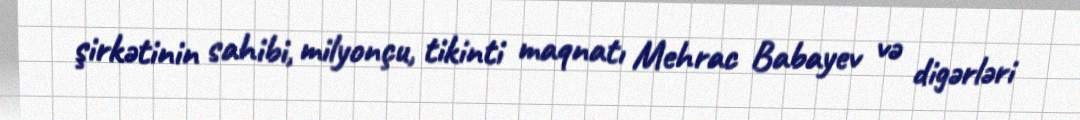
şirkətinin sahibi, milyonçu, tikinti maqnatı Mehrac Babayev və digərləri